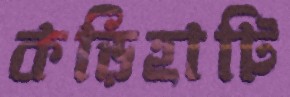
কড়িহাটি